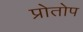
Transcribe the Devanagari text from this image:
प्रोतोप